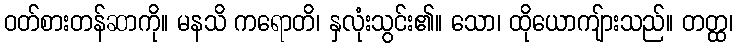
ဝတ်စားတန်ဆာကို။ မနသိ ကရောတိ၊ နှလုံးသွင်း၏။ သော၊ ထိုယောကျ်ားသည်။ တတ္ထ၊